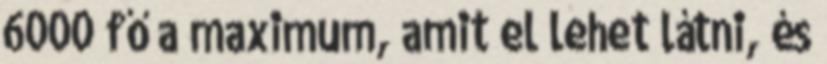
6000 fő a maximum, amit el lehet látni, és